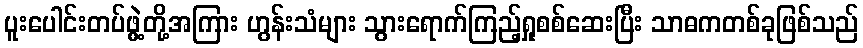
ပူးပေါင်းတပ်ဖွဲ့တို့အကြား ဟွန်းသံများ သွားရောက်ကြည့်ရှုစစ်ဆေးပြီး သာဓကတစ်ခုဖြစ်သည်